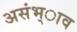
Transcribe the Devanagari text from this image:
असंभ्ाव